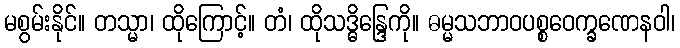
မစွမ်းနိုင်။ တသ္မာ၊ ထိုကြောင့်။ တံ၊ ထိုသဒ္ဓိန္ဒြေကို။ ဓမ္မသဘာဝပစ္စဝေက္ခဏေနဝါ၊